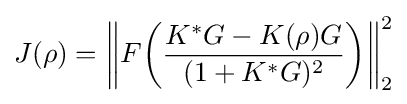
J(\rho )=\left\|F{\bigg (}{\frac {K^{*}G-K(\rho )G}{(1+K^{*}G)^{2}}}{\bigg )}\right\|_{2}^{2}